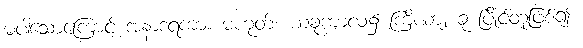
မပါသောကြောင့် အနာဒရကား မဟုတ်၊ ယခုကာလ၌ ကြိယာ၂ ခု ပြိုင်တူဖြစ်၍